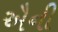
ઐની